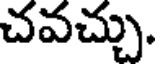
చవచ్చు.